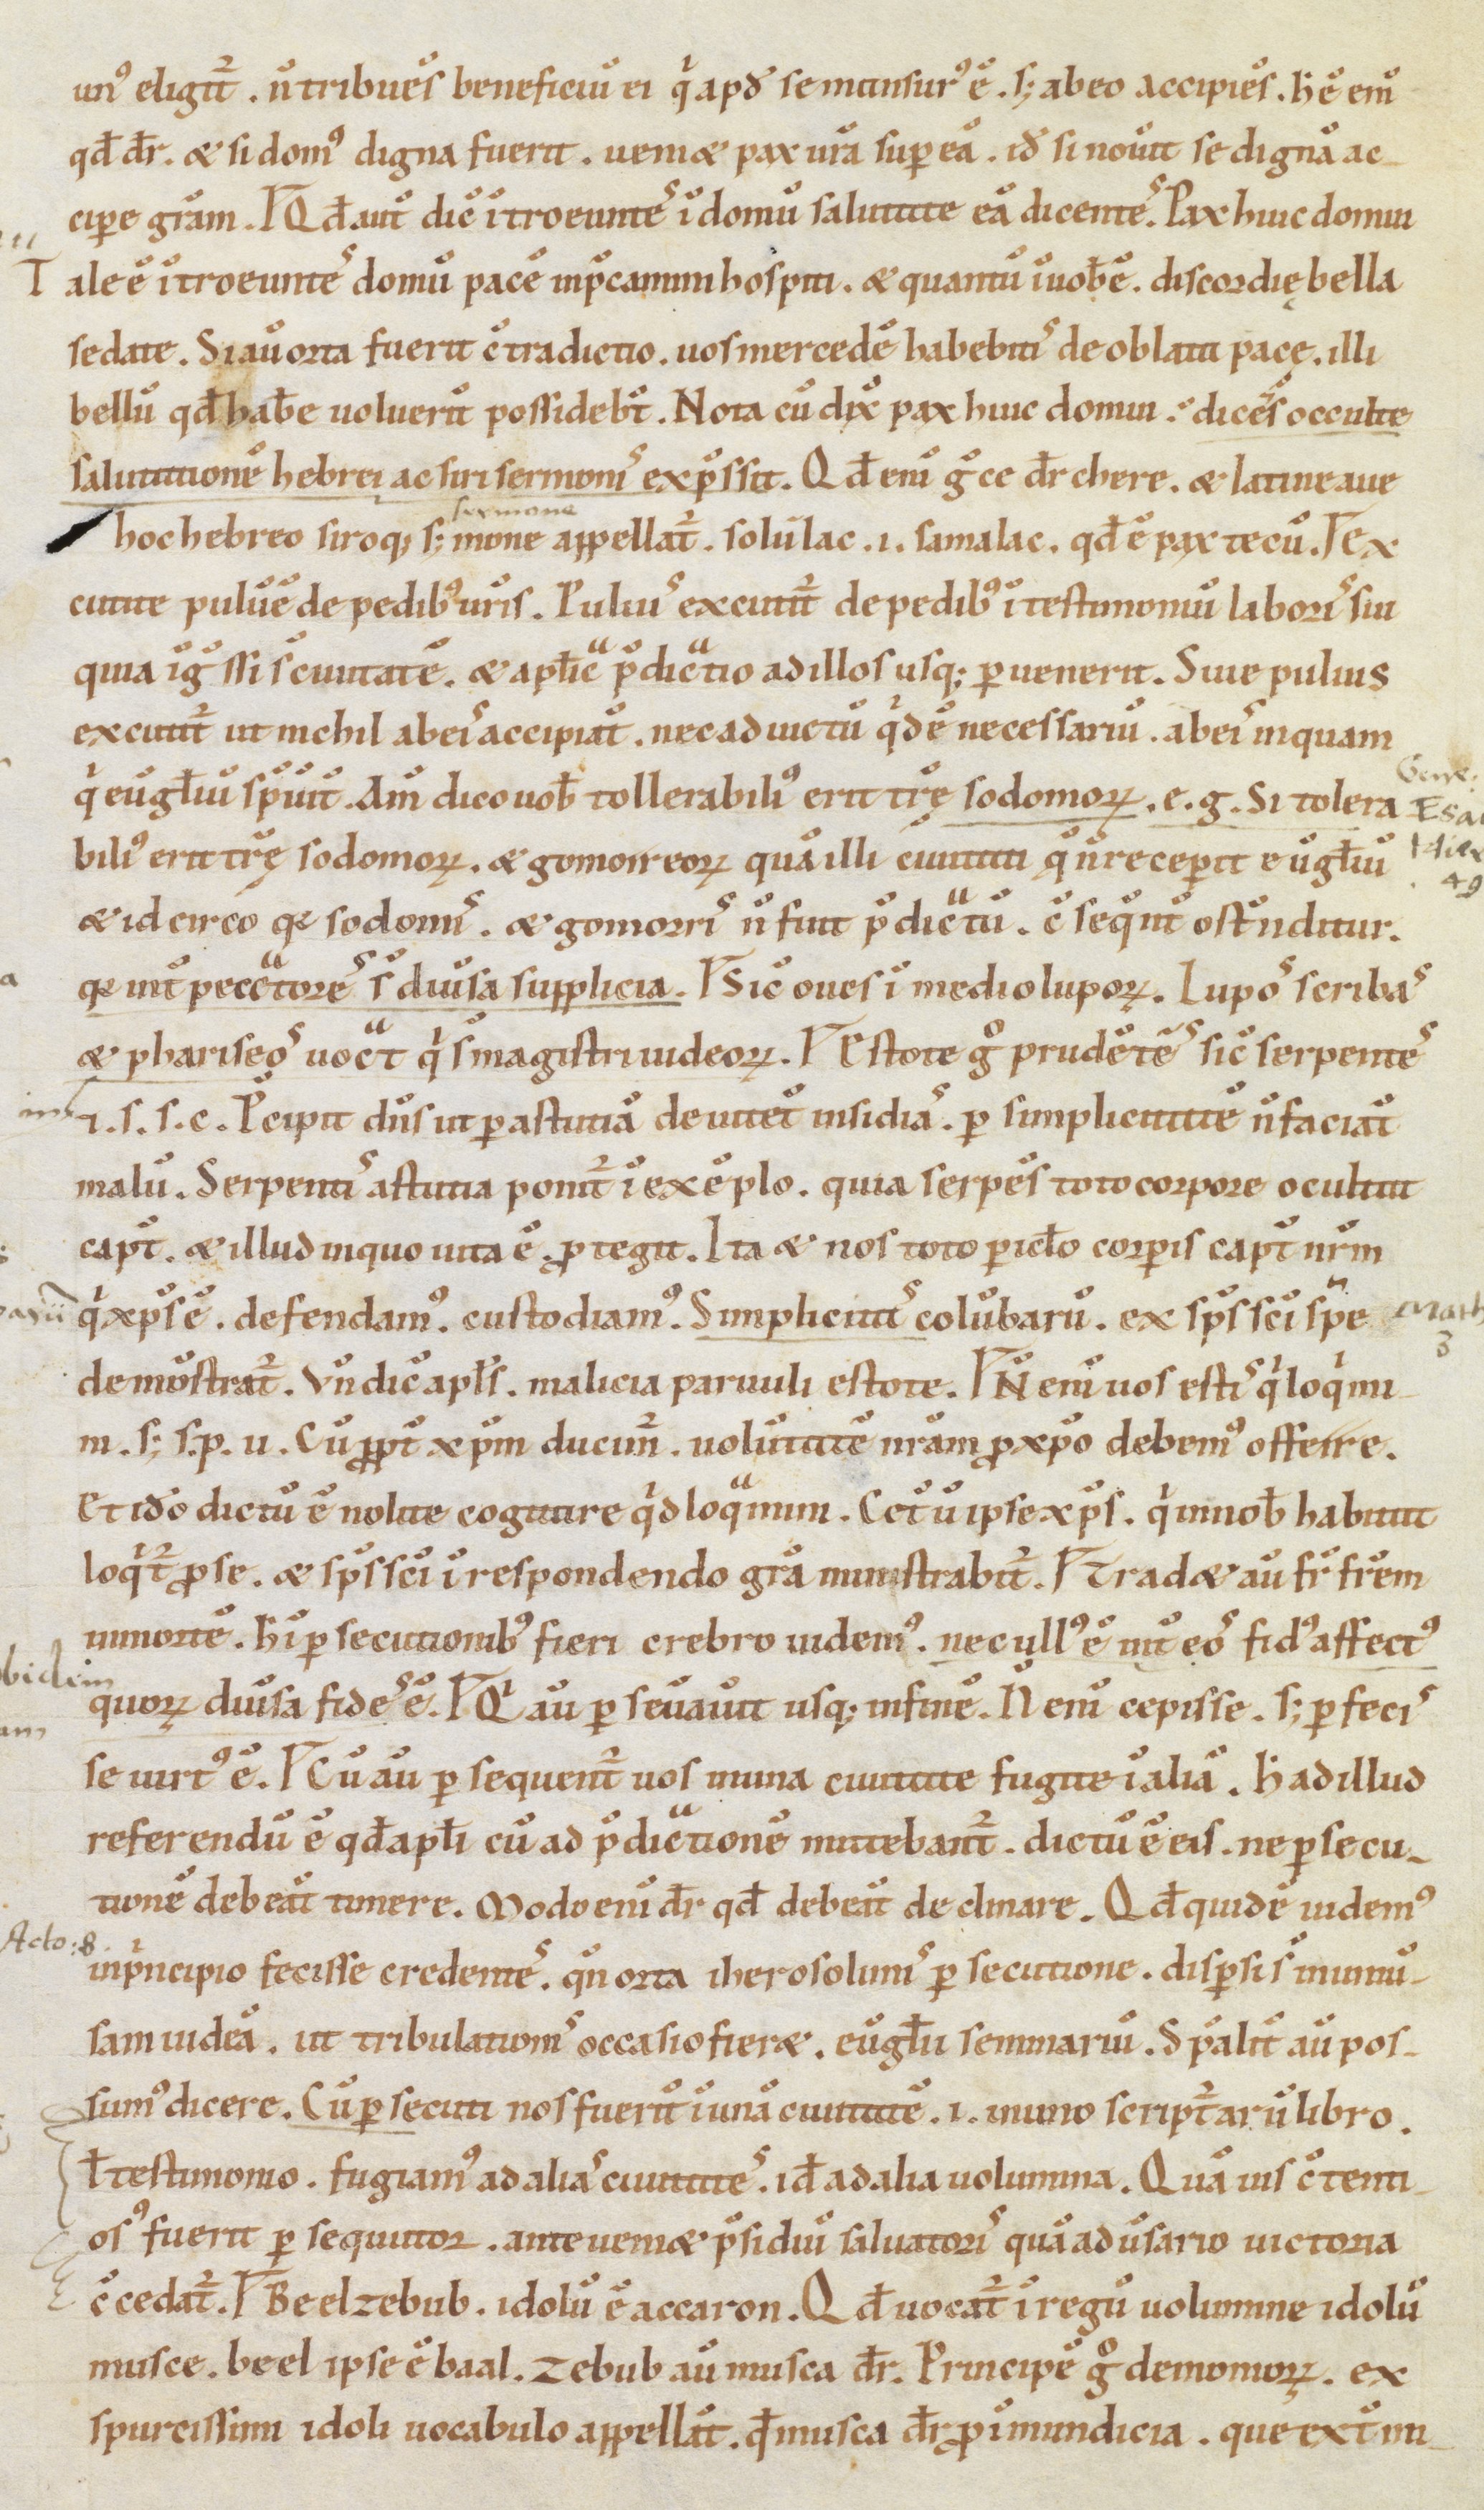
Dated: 1100–1199